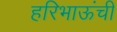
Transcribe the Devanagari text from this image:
हरिभाऊंची